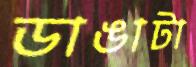
ডাঙাটা